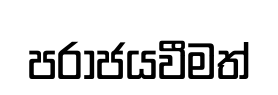
පරාජයවීමත්